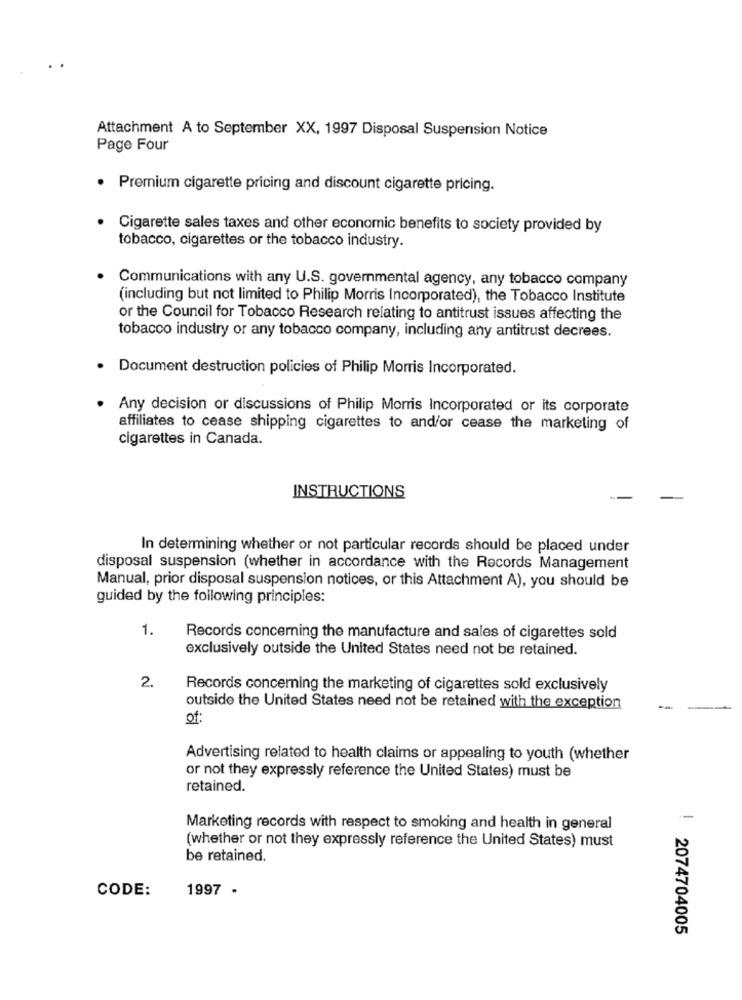
Attachment A to September XX, 1997 Disposal Suspension Notice
Page Four
Premium cigarette pricing and discount cigarette pricing.
Cigarette sales taxes and other economic benefits to society provided by
tobacco, cigarettes or the tobacco industry.
Communications with any U.S. governmental agency, any tobacco company
(including but not limited to Philip Morris Incorporated), the Tobacco Institute
or the Council for Tobacco Research relating to antitrust issues affecting the
tobacco industry or any tobacco company, including any antitrust decrees.
· Document destruction policies of Philip Morris Incorporated.
· Any decision or discussions of Philip Morris Incorporated or its corporate
affiliates to cease shipping cigarettes to and/or cease the marketing of
cigarettes in Canada.
INSTRUCTIONS
In determining whether or not particular records should be placed under
disposal suspension (whether in accordance with the Records Management
Manual, prior disposal suspension notices, or this Attachment A), you should be
guided by the following principles:
1.
Records concerning the manufacture and sales of cigarettes sold
exclusively outside the United States need not be retained.
2.
Records concerning the marketing of cigarettes sold exclusively
outside the United States need not be retained with the exception
-
of:
Advertising related to health claims or appealing to youth (whether
or not they expressly reference the United States) must be
retained.
Marketing records with respect to smoking and health in general
(whether or not they expressly reference the United States) must
be retained.
CODE:
1997 -
2074704005